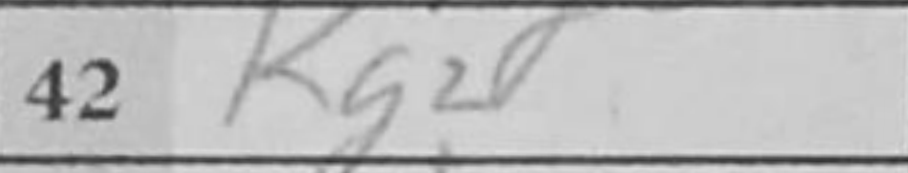
Transcription: Kg2